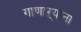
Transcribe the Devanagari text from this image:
गाणाऱ्यांना